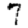
Digit: 7